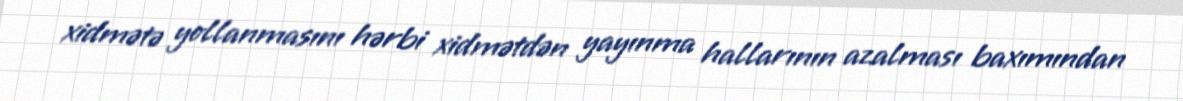
xidmətə yollanmasını hərbi xidmətdən yayınma hallarının azalması baxımından